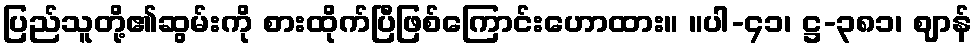
ပြည်သူတို့၏ဆွမ်းကို စားထိုက်ပြီဖြစ်ကြောင်းဟောထား။ ။ပါ-၄၁၊ ဋ္ဌ-၃၈၁၊ ဈာန်